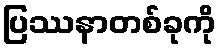
ပြဿနာတစ်ခုကို